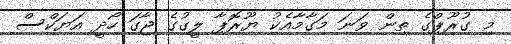
މި ގުރޫޕްގެ ތިން ވަނަ މަގާމާއެކު ޔޫރޮޕާ ލީގުގެ ޖާގަ ހޯދީ އަޔަކްސް